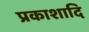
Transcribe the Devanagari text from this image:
प्रकाशादि